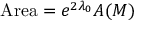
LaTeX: \mathrm { A r e a } = e ^ { 2 \lambda _ { 0 } } A ( { \cal M } )